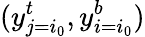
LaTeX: (y_{j=i_{0}}^{t},y_{i=i_{0}}^{b})